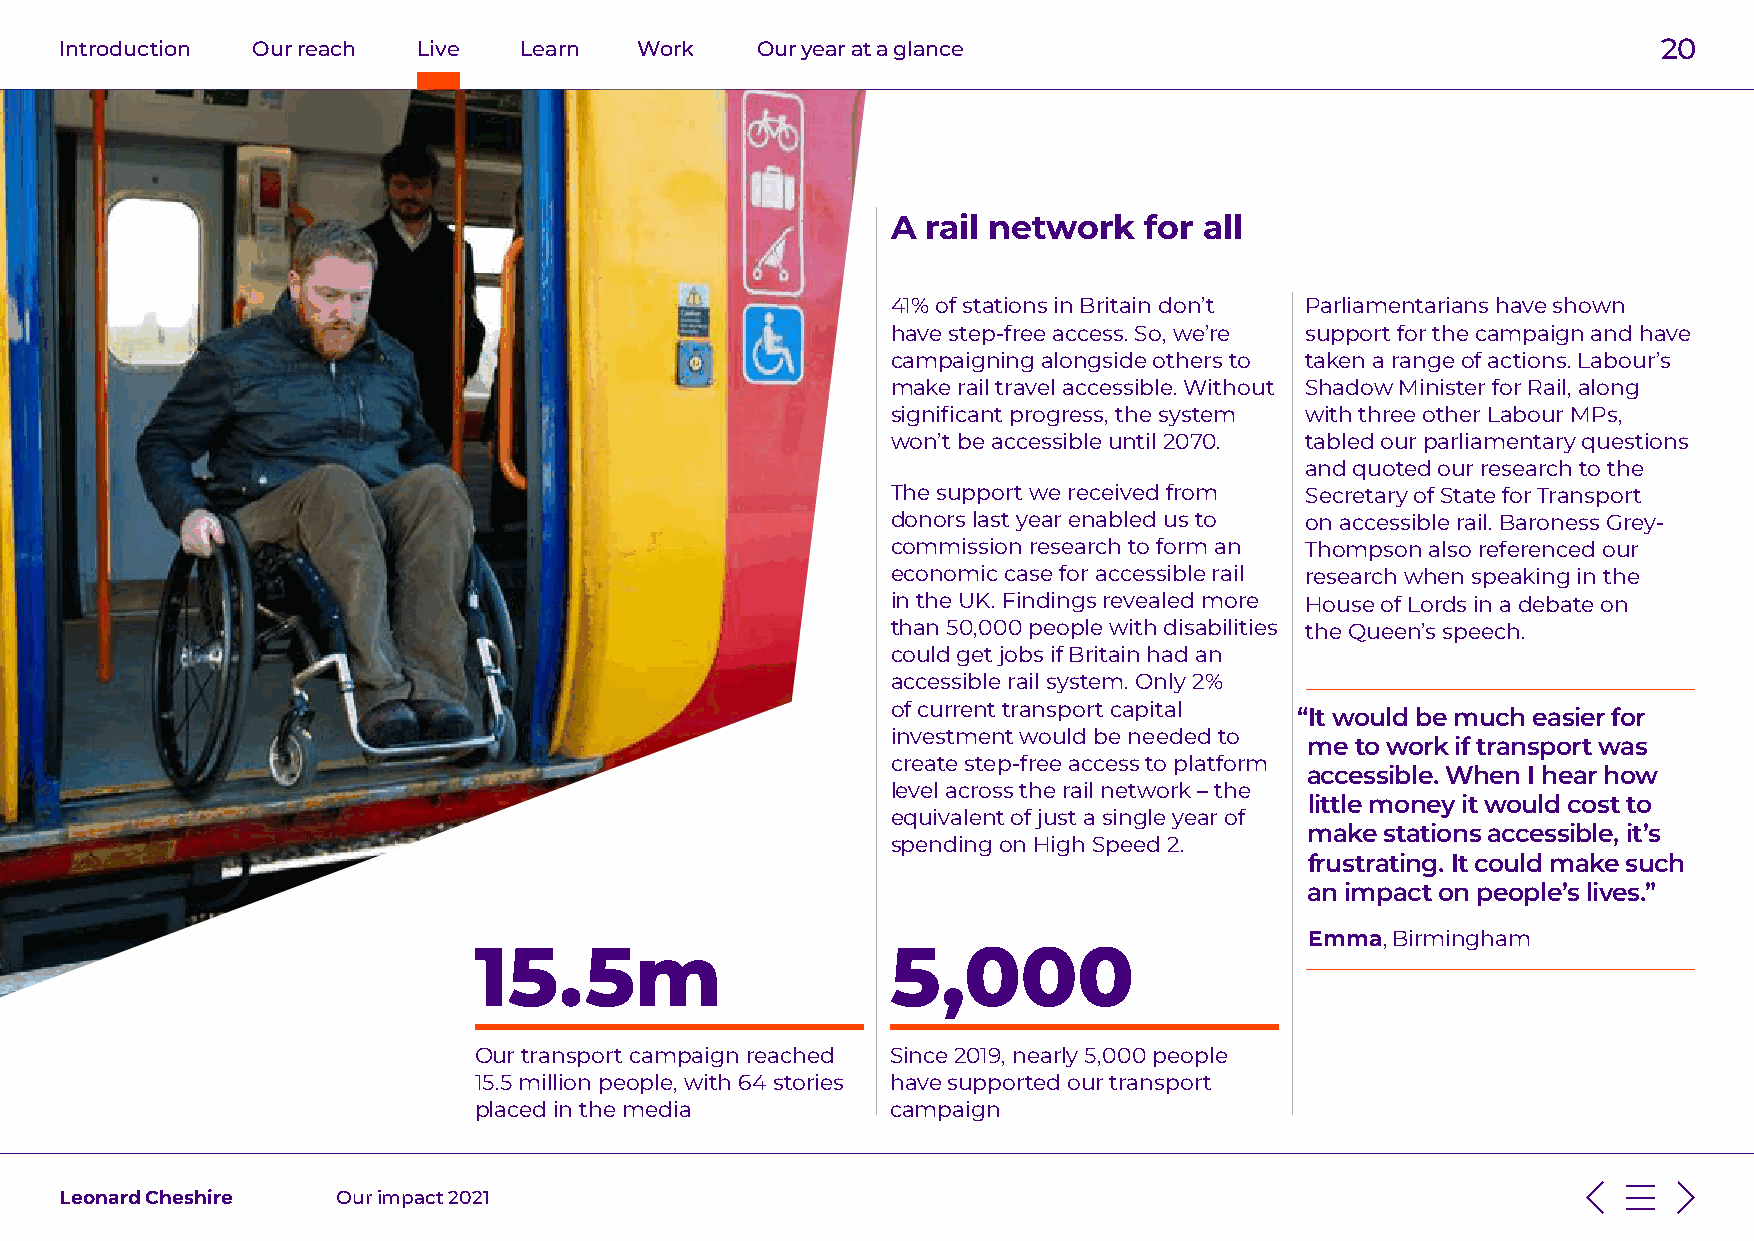
Introduction Our reach  Live  Learn   Work    Our year at a glance                                        20
 A rail network   for all
 41% of stations in Britain don’t Parliamentarians have shown
 have step-free access. So, we’re support for the campaign and have
 campaigning alongside others to taken a range of actions. Labour’s
 make rail travel accessible. Without Shadow Minister for Rail, along
 significant progress, the system with three other Labour MPs,
 won’t be accessible until 2070. tabled our parliamentary questions
 and quoted our research to the
 The support we received from Secretary of State for Transport
 donors last year enabled us to on accessible rail. Baroness Grey-
 commission research to form an Thompson also referenced our
 economic case for accessible rail research when speaking in the
 in the UK. Findings revealed more House of Lords in a debate on
 than 50,000 people with disabilities the Queen’s speech.
 could get jobs if Britain had an
 accessible rail system. Only 2%
 of current transport capital
 “It would be much easier for
 investment would be needed to
 me to work if transport was
 create step-free access to platform
 accessible. When I hear how
 level across the rail network – the
 little money it would cost to
 equivalent of just a single year of
 make stations accessible, it’s
 spending on High Speed 2.
 frustrating. It could make such
 an impact on people’s lives.”
 Emma, Birmingham
 15.5m                       5,000
 Our transport campaign reached Since 2019, nearly 5,000 people
 15.5 million people, with 64 stories have supported our transport
 placed in the media         campaign
 Leonard Cheshire  Our impact 2021